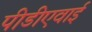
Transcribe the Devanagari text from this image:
पीडीएवाई